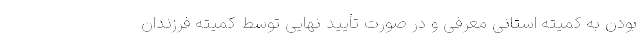
بودن به کمیته استانی معرفی و در صورت تأیید نهایی توسط کمیته فرزندان